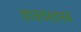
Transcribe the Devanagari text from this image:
वाक्यशास्त्र